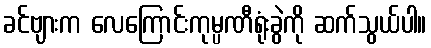
ခင်ဗျားက လေကြောင်းကုမ္ပဏီရုံးခွဲကို ဆက်သွယ်ပါ။